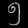
Digit: ၅